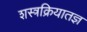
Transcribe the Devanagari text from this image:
शस्त्रक्रियातज्ञ